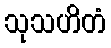
သုသဟိတံ